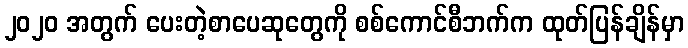
၂၀၂၀ အတွက် ပေးတဲ့စာပေဆုတွေကို စစ်ကောင်စီဘက်က ထုတ်ပြန်ချိန်မှာ